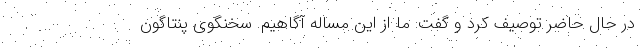
در حال حاضر توصیف کرد و گفت: ما از این مساله آگاهیم. سخنگوی پنتاگون